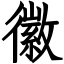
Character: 徽